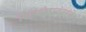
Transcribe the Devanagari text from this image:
विस्फोटानंतरचे